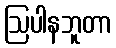
ဩပါနဘူတာ